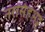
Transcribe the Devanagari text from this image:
नरसिंहभट्ट